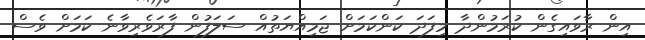
އިން ރާވައިގެން ކުރަމުންދާ މިފަދަ ކަންކަމަށް ޖަމިއްޔަތުއް ސަލަފުން ފާރަވެރިވާނެ ކަމަށް ވެސް